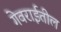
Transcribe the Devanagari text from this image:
गेवराईतील